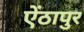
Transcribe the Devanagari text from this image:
ऐंठापुर